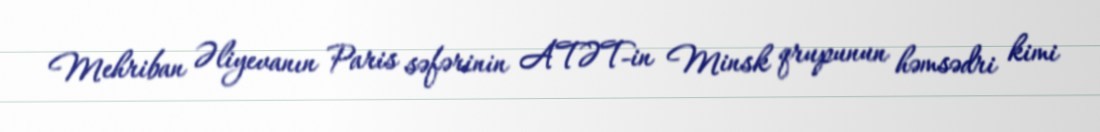
Mehriban Əliyevanın Paris səfərinin ATƏT-in Minsk qrupunun həmsədri kimi